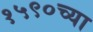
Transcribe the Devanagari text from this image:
१५९०च्या